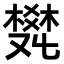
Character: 𤕩